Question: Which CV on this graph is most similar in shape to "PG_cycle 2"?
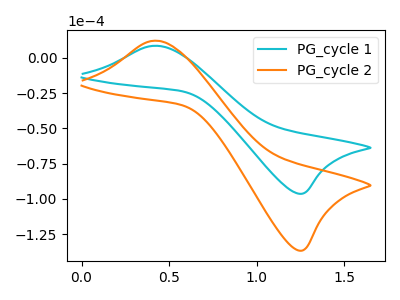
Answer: <think>The cyan curve "PG_cycle 1" has an anodic peak at (0.45V, 8.60uA) and a cathodic peak at (1.25V, -96.25uA). The orange curve "PG_cycle 2" has an anodic peak at (0.45V, 12.20uA) and a cathodic peak at (1.25V, -136.60uA).
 All the peaks in "PG_cycle 1" have a peak in "PG_cycle 2" at the same potential. Every peak in "PG_cycle 1" is lower than every peak in "PG_cycle 2".</think>
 <answer>The CV with the most similar shape to "PG_cycle 1" is "PG_cycle 2".</answer>
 <eval>"PG_cycle 2"</eval>